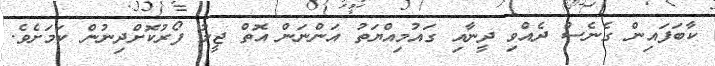
ކާބަފައިން ގެނެސް ދެއްވި ދީނާއި ގައުމިއްޔަތު އަންނަން އޮތް ޖީލު ފޯރުކޮށްދިނުން ކަމަށެވެ.